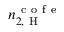
n _ { 2 , \mathrm { ~ H ~ } } ^ { \mathrm { ~ c ~ o ~ f ~ e ~ } }